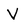
Character: V